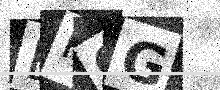
Text: BPGG